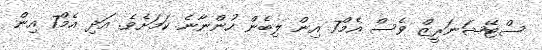
ސްޓޭޝަނަރީޒް ވެސް އެމް7 އިން ލިބެން ހުންނާނެ ކަމަށެވެ. އަދި އެމް7 އިން